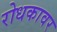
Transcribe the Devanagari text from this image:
रोधकावर